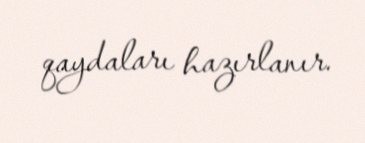
qaydaları hazırlanır.